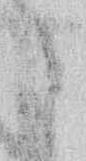
御